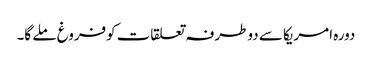
دورہ امریکا سے دوطرفہ تعلقات کوفروغ ملے گا۔